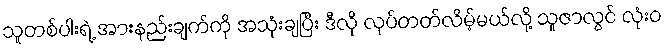
သူတစ်ပါးရဲ့ အားနည်းချက်ကို အသုံးချပြီး ဒီလို လုပ်တတ်လိမ့်မယ်လို့ သူဇာလွင် လုံးဝ